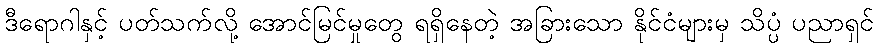
ဒီရောဂါနှင့် ပတ်သက်လို့ အောင်မြင်မှုတွေ ရရှိနေတဲ့ အခြားသော နိုင်ငံများမှ သိပ္ပံ ပညာရှင်